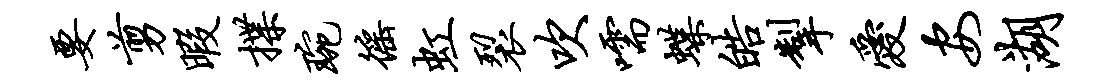
要剪暇揲琬徭虹裂吹嚅蝶皓掣爱安湖